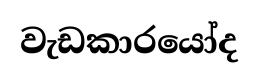
වැඩකාරයෝද